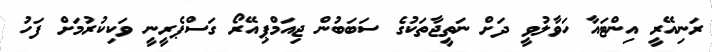
ރަނިއޭރީ އިންޓައާ ހަވާލުވީ ދަށް ނަތީޖާތަކުގެ ސަބަބުން ޖިއަމްޕިއޭރޯ ގަސްޕެރީނީ ވަކިކުރުމަށް ފަހު